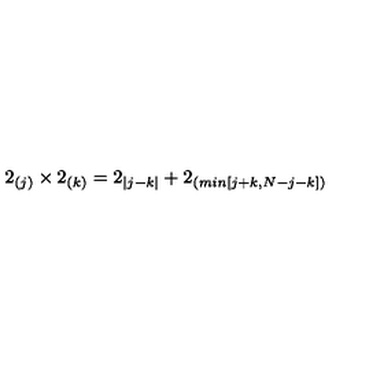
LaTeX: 2 _ { ( j ) } \times 2 _ { ( k ) } = 2 _ { | j - k | } + 2 _ { ( m i n [ j + k , N - j - k ] ) }